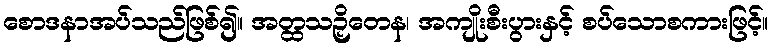
စောဒနာအပ်သည်ဖြစ်၍။ အတ္ထသဉှိတေန၊ အကျိုးစီးပွားနှင့် စပ်သောစကားဖြင့်။